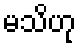
မသိဟု